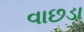
વાછડા